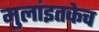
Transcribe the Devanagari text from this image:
मुलांइतकेच